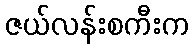
ဇယ်လန်းစကီးက